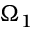
\Omega _ { 1 }